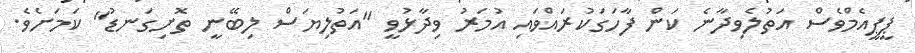
ޕީޕީއެމްވެސް އަތުލެވިދާނެ ކަން ފާހަގަކުރައްވައި އުމަރު ވިދާޅުވީ "އަތުލިޔަސް ލިބޭނީ ތޮށިގަނޑު" ކަަމަށެވެ.